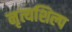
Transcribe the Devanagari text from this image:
नृत्यशिल्प